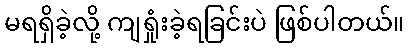
မရရှိခဲ့လို့ ကျရှုံးခဲ့ရခြင်းပဲ ဖြစ်ပါတယ်။